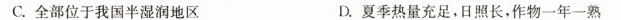
C.全部位于我国半湿润地区 D.夏季热量充足，日照长，作物一年一熟